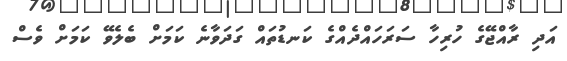
އަދި ރާއްޖޭގެ ހުރިހާ ސަރަހައްދެއްގެ ކަނޑުތައް ގަދަވާނެ ކަމަށް ބެލެވޭ ކަމަށް ވެސް